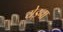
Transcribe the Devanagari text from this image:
येइना